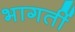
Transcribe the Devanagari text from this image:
भागतीं